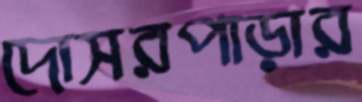
দোসরপাড়ার